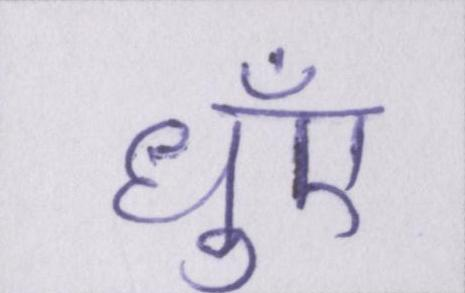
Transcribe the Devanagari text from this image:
धुँए